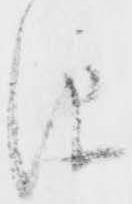
儀